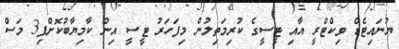
ޔުނައިޓެޑް ވިކްޓްރީ އާއި ޓީސީގެ ކުރިމަތިލުން މިފަހަރު ޓީސީ އިން ކާމިޔާބުކޮށްފި3 މަސް